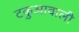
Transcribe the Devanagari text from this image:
टकुआवाली